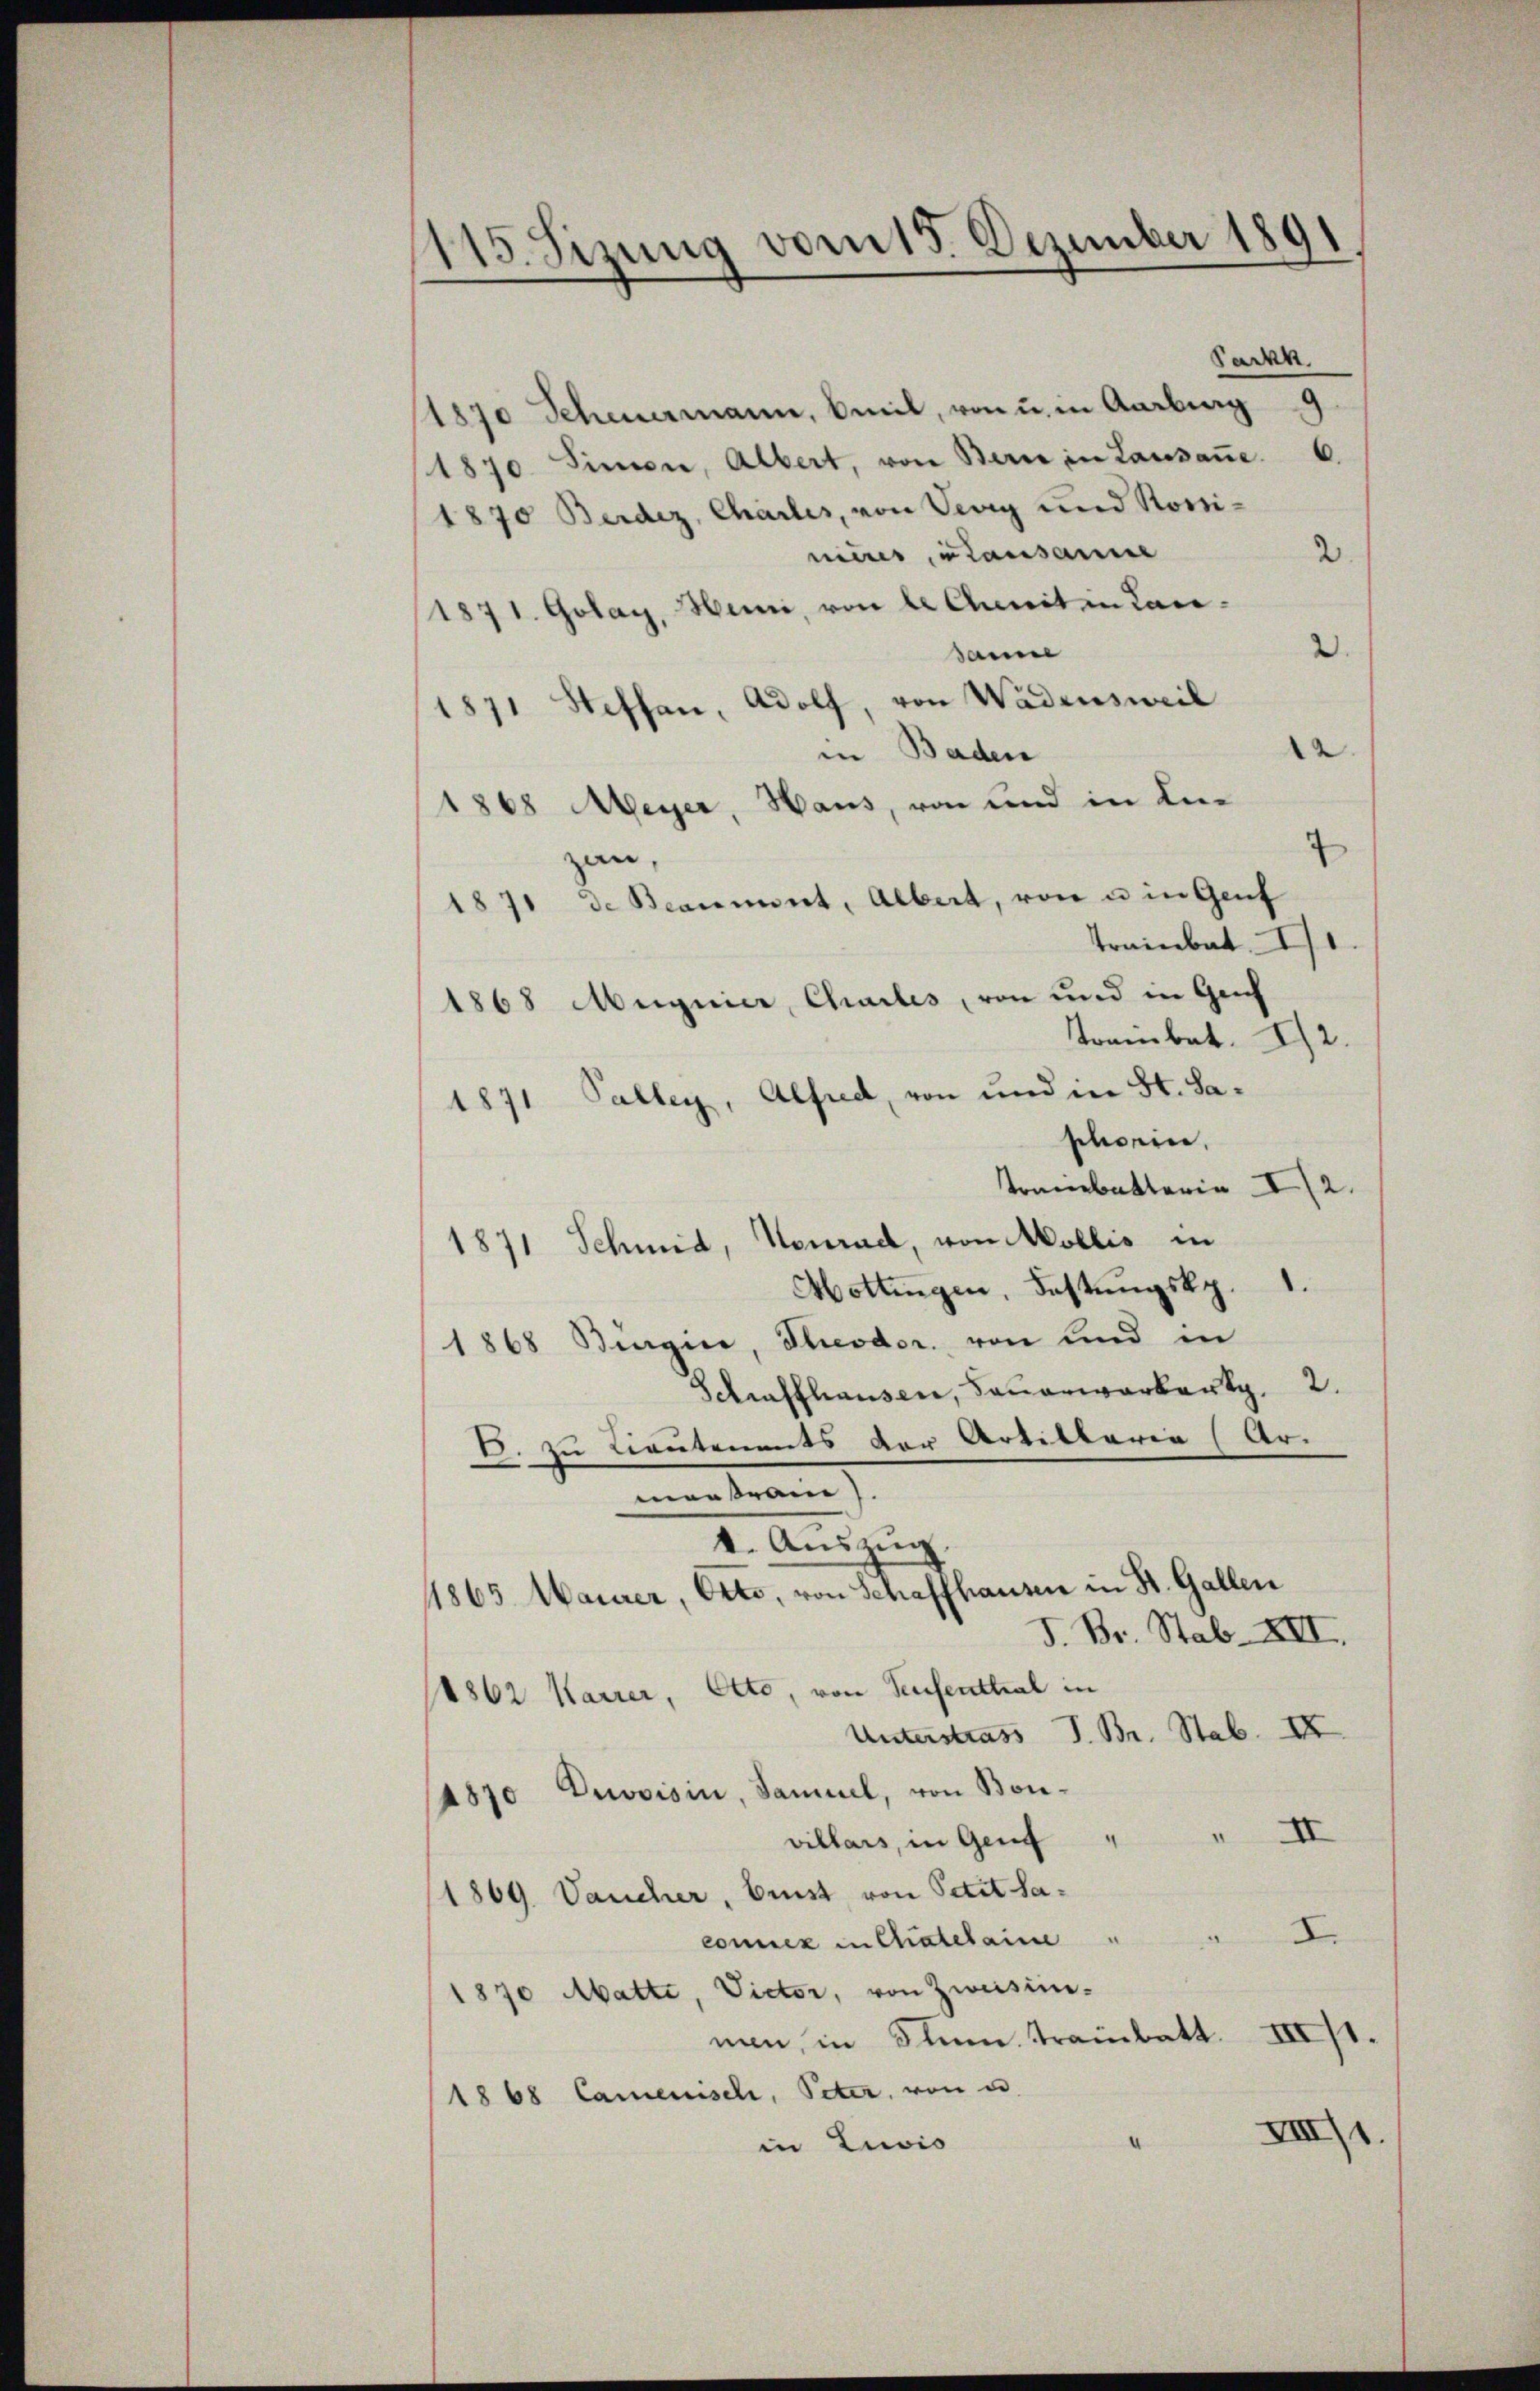
115. Sizung vom 15. Dezember 1891

1870 Scheuermann, beil, von u. in Aarburg
1870. Simon, Albert, von Berne in Lausaṅe 6.
1870 Beidez, Charles, von Vevey und Rossimiis, Clausanne
1871. Golay, Muni, von de Annit in Lan¬
Sane
1871 Steffan, Adolf, von Wadensweil
.
in Baden
1868 Meyer, Haus, von und in die
7
zan,
1871 de Beaumont, Albert, von u in Genf
Trainbat. 11
1868 Muguier, Charles, von und in Geh
Trambat. 22.
1871 Palley, Alfred, von und in St. Saschwein,
Tominebatteria I (2.
1871 Schmid, Konrad, von Mollis in
Hottingen, Fastŭngsky.
1868 Bingie, Theodor von und in
Schraffhausen, Sauerwarkart. 2.
D. zu Lieutenants der Artiltaria (Ar-
monsra
4. Aŭszŭg
11865 Maurer, Orte, von Schaffhausen in St. Gallen
J. Br. Stab XII.
1862 Karrer, Otto, von Sensenthal in
Unterstrass J. Br. Stab. IX.
4870 Duvoisin, Samuel, von Bon-
II
4
villars, in Genf
1869 Vaucher, Brust von Petit Sa¬
8.
conicz in Chatelaine
1870 Matti, Victor, von Zweisini-
nen, in Anm. Trabatt III/1.
1868 Camenisch, Peter, von u.
IIII/1.
in Luis

Packk.
9
2
2